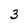
Character: 3